Civil Veterinary Dept. Bombay admin report 1932-41 - 1932-1941
Year: 1932
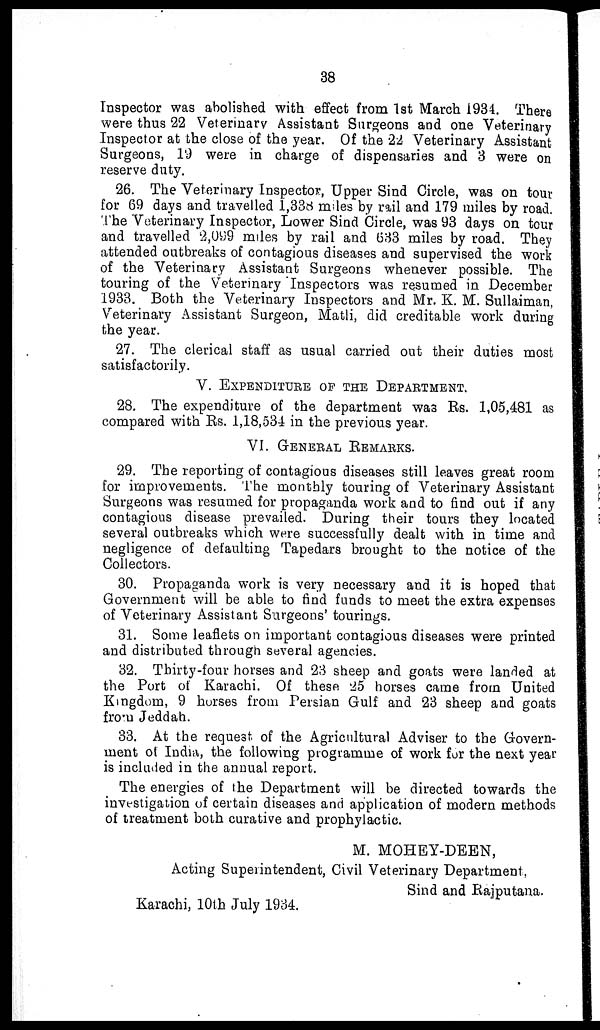
38
Inspector was abolished with effect from 1st March 1934. There
were thus 22 Veterinary Assistant Surgeons and one Veterinary
Inspector at the close of the year. Of the 22 Veterinary Assistant
Surgeons, 19 were in charge of dispensaries and 3 were on
reserve duty.
26. The Veterinary Inspector, Upper Sind Circle, was on tour
for 69 days and travelled 1,338 miles by rail and 179 miles by road.
The Veterinary Inspector, Lower Sind Circle, was 93 days on tour
and travelled 2,099 miles by rail and 633 miles by road. They
attended outbreaks of contagious diseases and supervised the work
of the Veterinary Assistant Surgeons whenever possible. The
touring of the Veterinary Inspectors was resumed in December
1933. Both the Veterinary Inspectors and Mr. K. M. Sullaiman,
Veterinary Assistant Surgeon, Matli, did creditable work during
the year.
27. The clerical staff as usual carried out their duties most
satisfactorily.
V. EXPENDITURE OF THE DEPARTMENT
28. The expenditure of the department was Rs. 1,05,481 as
compared with Rs. 1,18,534 in the previous year.
VI. GENERAL REMARKS.
29. The reporting of contagious diseases still leaves great room
for improvements. The monthly touring of Veterinary Assistant
Surgeons was resumed for propaganda work and to find out if any
contagious disease prevailed. During their tours they located
several outbreaks which were successfully dealt with in time and
negligence of defaulting Tapedars brought to the notice of the
Collectors.
30. Propaganda work is very necessary and it is hoped that
Government will be able to find funds to meet the extra expenses
of Veterinary Assistant Surgeons' tourings.
31. Some leaflets on important contagious diseases were printed
and distributed through several agencies.
32. Thirty-four horses and 23 sheep and goats were landed at
the Port of Karachi. Of these 25 horses came from United
Kingdom, 9 horses from Persian Gulf and 23 sheep and goats
from Jeddah.
33. At the request of the Agricultural Adviser to the Govern-
ment of India, the following programme of work for the next year
is included in the annual report.
The energies of the Department will be directed towards the
investigation of certain diseases and application of modern methods
of treatment both curative and prophylactic.
M. MOHEY-DEEN,
Acting Superintendent, Civil Veterinary Department,
Sind and Rajputana.
Karachi, 10th July 1934.